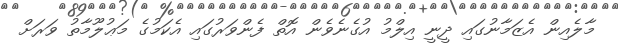
މާލެއިން އެޒަމާނުގައި ދީނީ އިލްމު އުގެނެވެން އޮތް ފެންވަރުގައި އެކަމުގެ މަޢުލޫމާތު ވަރަށް